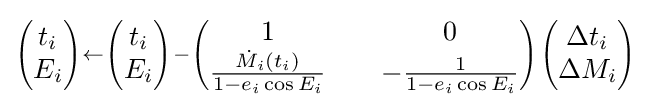
\scriptstyle {\begin{pmatrix}t_{i}\\E_{i}\\\end{pmatrix}}\leftarrow {\begin{pmatrix}t_{i}\\E_{i}\\\end{pmatrix}}-{\begin{pmatrix}1&&0\\{\frac {{\dot {M}}_{i}(t_{i})}{1-e_{i}\cos E_{i}}}&&-{\frac {1}{1-e_{i}\cos E_{i}}}\\\end{pmatrix}}{\begin{pmatrix}\Delta t_{i}\\\Delta M_{i}\\\end{pmatrix}}